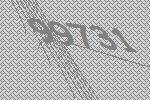
99731